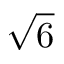
\sqrt { 6 }